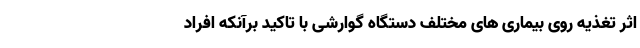
اثر تغذیه روی بیماری های مختلف دستگاه گوارشی با تاکید برآنکه افراد